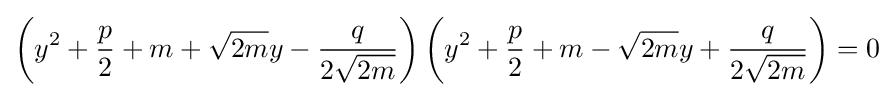
\left(y^{2}+{\frac {p}{2}}+m+{\sqrt {2m}}y-{\frac {q}{2{\sqrt {2m}}}}\right)\left(y^{2}+{\frac {p}{2}}+m-{\sqrt {2m}}y+{\frac {q}{2{\sqrt {2m}}}}\right)=0